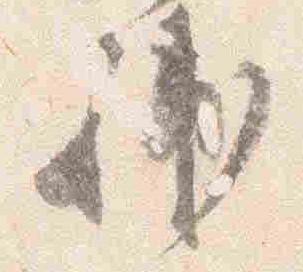
補